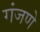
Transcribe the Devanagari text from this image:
गंजणे